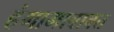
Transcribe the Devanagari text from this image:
हंगामाबाबत